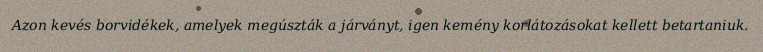
Azon kevés borvidékek, amelyek megúszták a járványt, igen kemény korlátozásokat kellett betartaniuk.